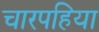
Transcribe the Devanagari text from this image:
चारपहिया